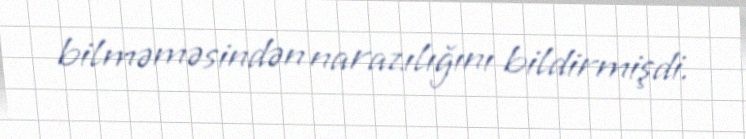
bilməməsindən narazılığını bildirmişdi.